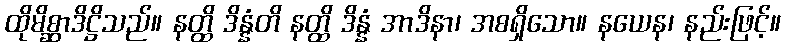
ထိုမိစ္ဆာဒိဋ္ဌိသည်။ နတ္ထိ ဒိန္နံတိ နတ္ထိ ဒိန္နံ အာဒိနာ၊ အစရှိသော။ နယေန၊ နည်းဖြင့်။